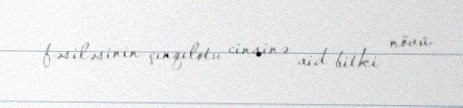
fəsiləsinin çınqılotu cinsinə aid bitki növü.